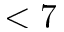
< 7